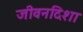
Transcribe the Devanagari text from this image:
जीवनदिशा